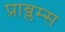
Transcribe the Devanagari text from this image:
प्राब्लम्स